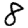
Digit: 8